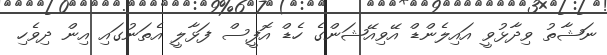
ނަޝާތު ވިދާޅުވީ އައިލެންޑް އޭވިއޭޝަންގެ ހެޑް އޮފީސް ފަޅާލީ އެތަނުގައި އިން ދިވެހި